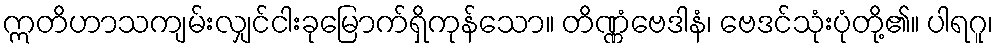
ဣတိဟာသကျမ်းလျှင်ငါးခုမြောက်ရှိကုန်သော။ တိဏ္ဏံဗေဒါနံ၊ ဗေဒင်သုံးပုံတို့၏။ ပါရဂူ၊